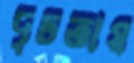
দৃঢ়তায়